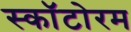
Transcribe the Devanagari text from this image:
स्कॉटोरम